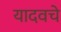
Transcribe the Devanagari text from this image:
यादवचे